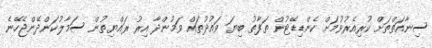
ސިނާއަތްތަށް ކުރިއެރުވުމަށް ކެންޑިޑޭޓުން ތަފާތު ބިޔަ ވައުދުތައް ވަމުންދާ އިރު ރައްޔިތުން ސަމާލުކަންދޭންޖެހޭނެ